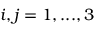
i , j = 1 , . . . , 3